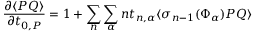
\frac { \partial \langle P Q \rangle } { \partial t _ { 0 , P } } = 1 + \sum _ { n } \sum _ { \alpha } n t _ { n , \alpha } \langle \sigma _ { n - 1 } ( \Phi _ { \alpha } ) P Q \rangle